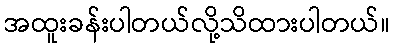
အထူးခန်းပါတယ်လို့သိထားပါတယ်။